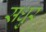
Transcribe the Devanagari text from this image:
सधुर